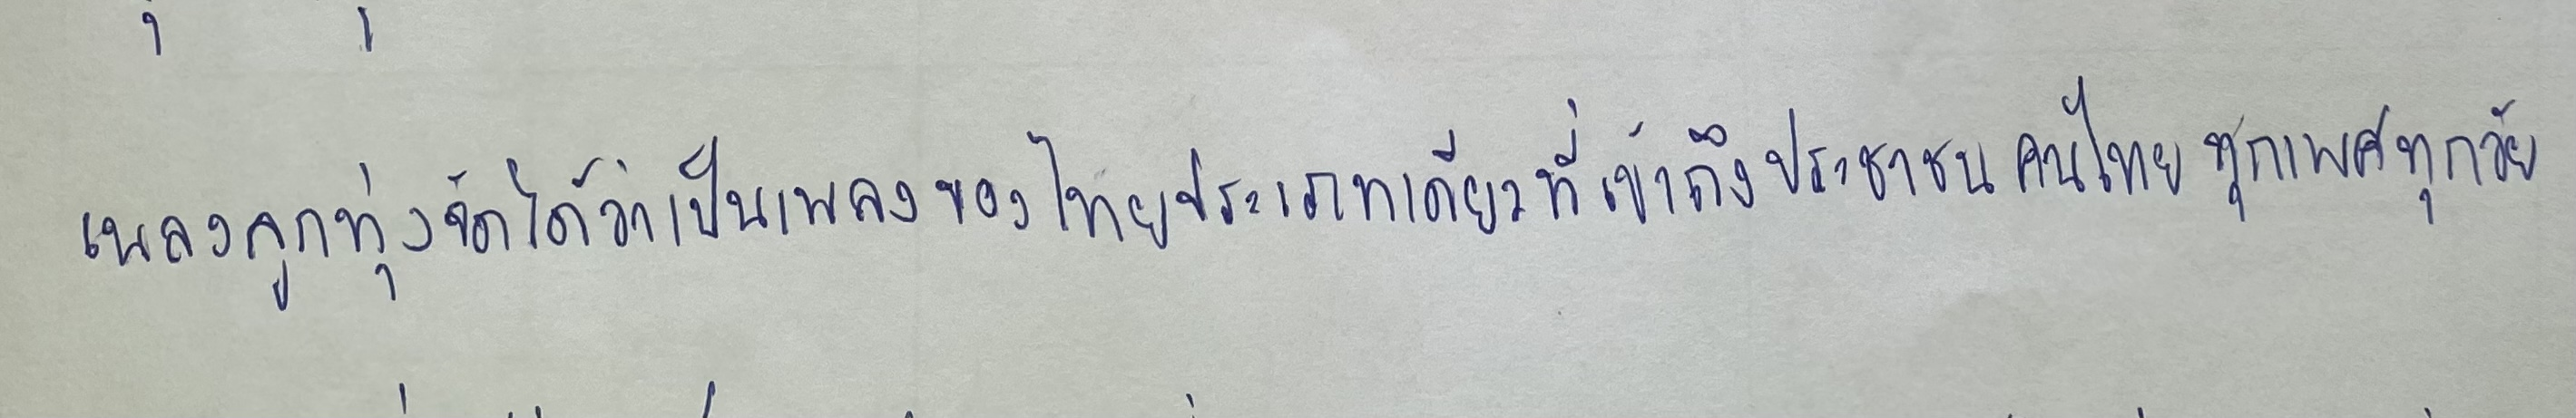
เพลงลูกทุ่งจัดได้ว่าเป็นเพลงของไทยประเภทเดียวที่เข้าถึงประชาชนคนไทยทุกเพศทุกวัย